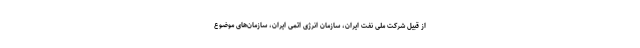
از قبیل شرکت ملی نفت ایران، سازمان انرژی اتمی ایران، سازمان‌های موضوع